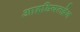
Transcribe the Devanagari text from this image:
आइडियलब्रेन